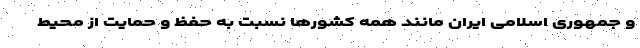
و جمهوری اسلامی ایران مانند همه کشورها نسبت به حفظ و حمایت از محیط